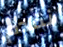
نقدم